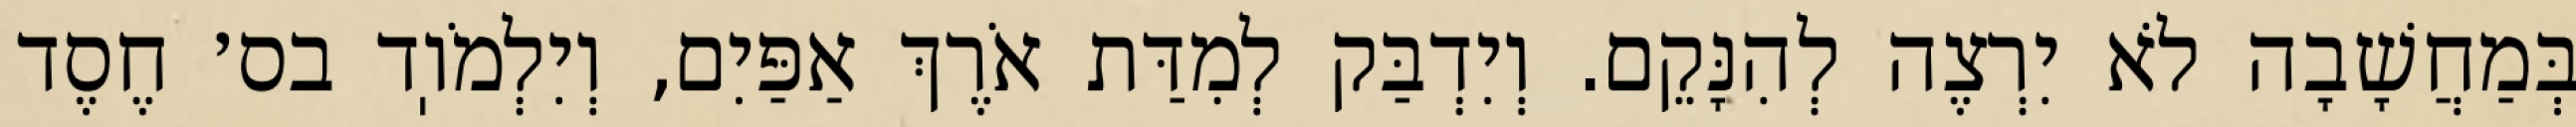
בְּמַחֲשָׁבָה לֹא יִרְצֶה לְהִנָּקֵם. וְיִדְבַּק לְמִדַּת אֹרֶךְ אַפַּיִם, וְיִלְמֹוֽד בס׳ חֶסֶד